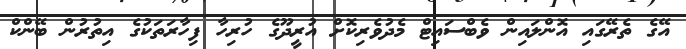
އޭގެ ތެރޭގައި އޮންލައިން ވެބްސައިޓް މެދުވެރިކޮށް އުރީދޫގެ ހުރިހާ ފިހާރަތަކުގެ އިތުރުން ބޭންކް